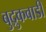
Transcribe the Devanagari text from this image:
बुद्रुकवाडी